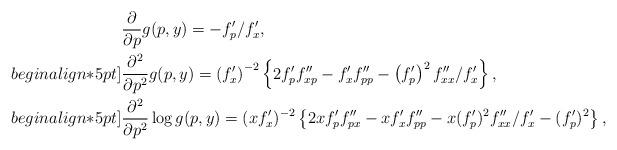
LaTeX: \begin{align*}&\frac{\partial}{\partial{p}}g(p,y)=-f'_{p}/f'_x,\\begin{align*}5pt]&\frac{\partial^2}{\partial{p^2}}g(p,y)=\left(f'_x\right)^{-2}\left\{2f'_{p}f''_{xp}-f'_xf''_{pp}-\left(f'_{p}\right)^2f''_{xx}/f'_x\right\},\\begin{align*}5pt]&\frac{\partial^2}{\partial{p^2}}\log{g(p,y)}=(xf'_x)^{-2}\left\{2xf'_{p}f''_{p{x}}-xf'_xf''_{pp}-x(f'_{p})^2f''_{xx}/f'_x-(f'_{p})^2\right\},\end{align*}